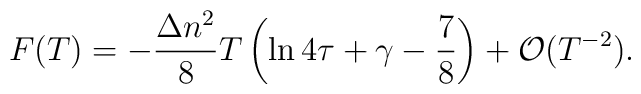
F(T)=-\frac{\Delta n^2}{8}T\left ( \ln 4\tau +\gamma -\frac{7}{8}\right ) +{\cal O}(T^{-2}).